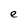
Character: e